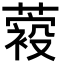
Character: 𦽛